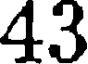
43